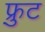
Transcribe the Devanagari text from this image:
फ़्रुट